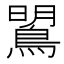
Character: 𪂡